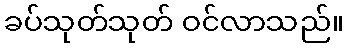
ခပ်သုတ်သုတ် ဝင်လာသည်။